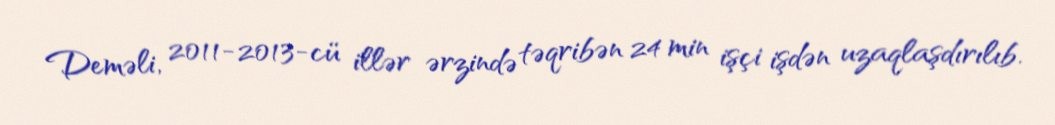
Deməli, 2011-2013-cü illər ərzində təqribən 24 min işçi işdən uzaqlaşdırılıb.